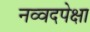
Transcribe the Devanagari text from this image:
नव्वदपेक्षा